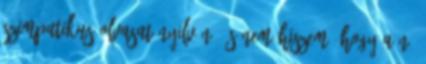
szimpatikus olvasat nyilván, és nem hiszem, hogy a nő